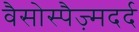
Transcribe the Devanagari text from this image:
वैसोस्पैज़्मदर्द